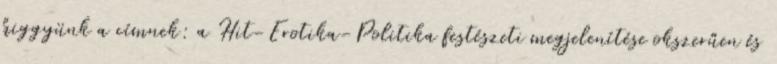
higgyünk a címnek: a Hit-Erotika-Politika festészeti megjelenítése okszerűen és